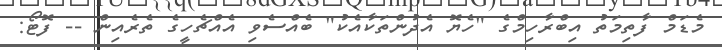
މެޑަމް ފާތިމަތު އިބްރާހިމްގެ "ހެޔޮ އެދުންތަކާއެކު" ބެއްސެވި އެއްޗެހީގެ ތެރެއިން -- ފޮޓޯ: